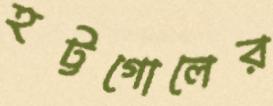
হট্টগোলের